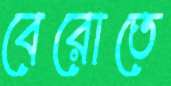
বেরোতে